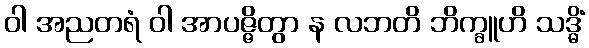
ဝါ အညတရံ ဝါ အာပဇ္ဇိတွာ န လဘတိ ဘိက္ခူဟိ သဒ္ဓိံ